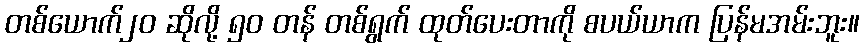
တစ်ယောက်၂၀ ဆိုလို့ ၅၀ တန် တစ်ရွက် ထုတ်ပေးတာကို စပယ်ယာက ပြန်မအမ်းဘူး။